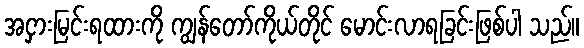
အငှားမြင်းရထားကို ကျွန်တော်ကိုယ်တိုင် မောင်းလာရခြင်းဖြစ်ပါ သည်။